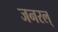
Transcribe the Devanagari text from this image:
जनरल्